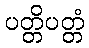
ပတ္တိပတ္တံ